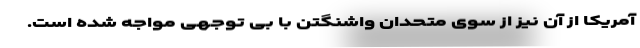
آمریکا از آن نیز از سوی متحدان واشنگتن با بی توجهی مواجه شده است.